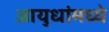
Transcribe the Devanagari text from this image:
आयुधांमध्ये